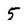
Character: 5